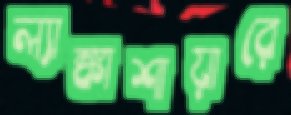
ল্যাঙ্কাশায়ারে